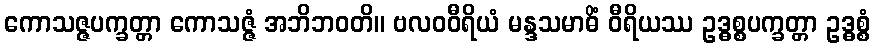
ကောသဇ္ဇပက္ခတ္တာ ကောသဇ္ဇံ အဘိဘဝတိ။ ဗလဝဝီရိယံ မန္ဒသမာဓိံ ဝီရိယဿ ဥဒ္ဓစ္စပက္ခတ္တာ ဥဒ္ဓစ္စံ